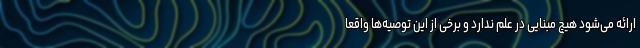
ارائه می‌شود هیچ مبنایی در علم ندارد و برخی از این توصیه‌ها واقعاً